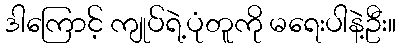
ဒါကြောင့် ကျုပ်ရဲ့ပုံတူကို မရေးပါနဲ့ဦး။